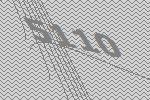
5110